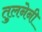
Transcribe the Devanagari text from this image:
तुलनेनी